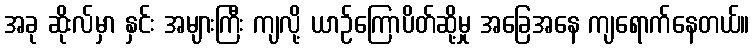
အခု ဆိုးလ်မှာ နှင်း အများကြီး ကျလို့ ယာဉ်ကြောပိတ်ဆို့မှု အခြေအနေ ကျရောက်နေတယ်။